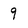
Character: 9